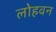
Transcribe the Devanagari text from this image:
लोहवन